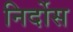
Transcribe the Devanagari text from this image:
निर्दोस